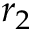
r _ { 2 }